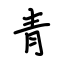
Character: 青